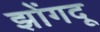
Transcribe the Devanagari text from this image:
झोंगदू